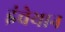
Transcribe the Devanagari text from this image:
इंचेयान